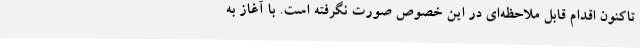
تاکنون اقدام قابل ملاحظه‌ای در این خصوص صورت نگرفته است. با آغاز به